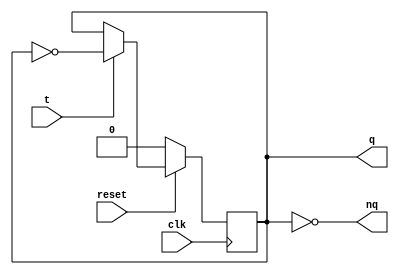
`timescale 1ns / 100ps
//-----------------------------------------------------
// Design Name : tff_sync_reset
// Function    : T flip-flop sync reset
// Coder       : Deepak Kumar Tala
//-----------------------------------------------------
module tff (
input t  , // Data Input
input clk   , // Clock Input
input reset , // Reset input
output reg q, // Q output
output nq
);
//-----------Code Starts Here---------
not not1(nq, q);
initial 
    q <= 1'b0;
always @ ( posedge clk)
if (~reset) begin
  q <= 1'b0;
end else if (t) begin
  q <= !q;
end
endmodule //End Of Module tff